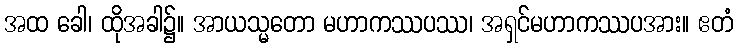
အထ ခေါ၊ ထိုအခါ၌။ အာယသ္မတော မဟာကဿပဿ၊ အရှင်မဟာကဿပအား။ ဧတံ